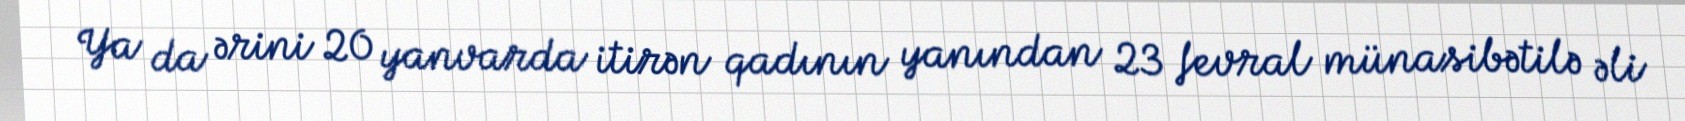
Ya da ərini 20 yanvarda itirən qadının yanından 23 fevral münasibətilə əli